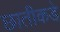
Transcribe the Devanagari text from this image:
छातीकडे